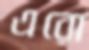
এরো